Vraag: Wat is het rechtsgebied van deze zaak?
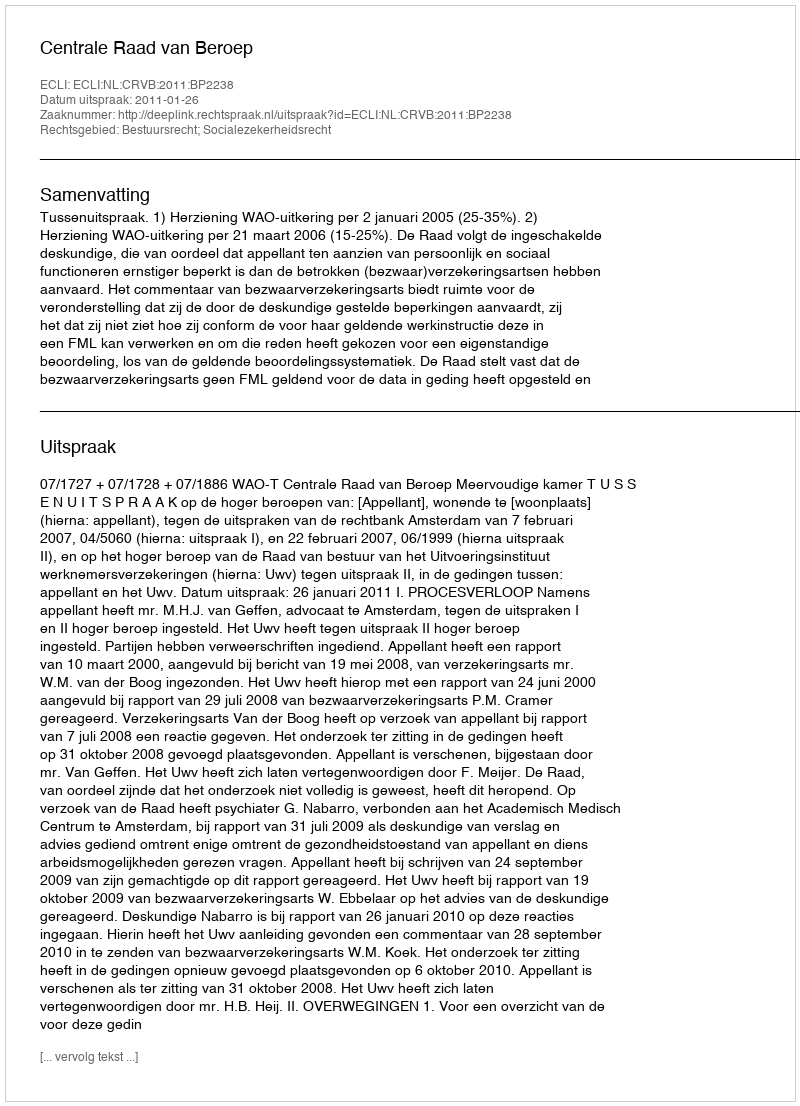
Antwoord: Bestuursrecht; Socialezekerheidsrecht